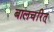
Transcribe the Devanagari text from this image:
बालचरित्‌